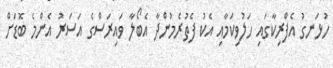
ހުޅަނގު އެފްރިކާގައި ހަލުވިކަމާއި އެކު ފެތުރެމުންދާ އެބޯލާ ވައިރަސްގެ އަސަރު އެންމެ ބޮޑަށް